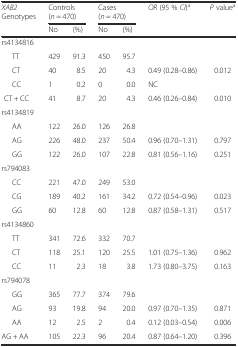
| <ROWSPAN=2> XAB2 Genotypes | <COLSPAN=2> Controls (n = 470) | <COLSPAN=2> Cases (n = 470) | <ROWSPAN=2> OR (95 % CI)a | <ROWSPAN=2> P valuea |
 | No | (%) | No | (%) |
 | --- | --- | --- | --- | --- | --- | --- |
 | rs4134816 |  |  |  |  |  |  |
 | TT | 429 | 91.3 | 450 | 95.7 |  |  |
 | CT | 40 | 8.5 | 20 | 4.3 | 0.49 (0.28–0.86) | 0.012 |
 | CC | 1 | 0.2 | 0 | 0.0 | NC |  |
 | CT + CC | 41 | 8.7 | 20 | 4.3 | 0.46 (0.26–0.84) | 0.010 |
 | rs4134819 |  |  |  |  |  |  |
 | AA | 122 | 26.0 | 126 | 26.8 |  |  |
 | AG | 226 | 48.0 | 237 | 50.4 | 0.96 (0.70–1.31) | 0.797 |
 | GG | 122 | 26.0 | 107 | 22.8 | 0.81 (0.56–1.16) | 0.251 |
 | rs794083 |  |  |  |  |  |  |
 | CC | 221 | 47.0 | 249 | 53.0 |  |  |
 | CG | 189 | 40.2 | 161 | 34.2 | 0.72 (0.54–0.96) | 0.023 |
 | GG | 60 | 12.8 | 60 | 12.8 | 0.87 (0.58–1.31) | 0.517 |
 | rs4134860 |  |  |  |  |  |  |
 | TT | 341 | 72.6 | 332 | 70.7 |  |  |
 | CT | 118 | 25.1 | 120 | 25.5 | 1.01 (0.75–1.36) | 0.962 |
 | CC | 11 | 2.3 | 18 | 3.8 | 1.73 (0.80–3.75) | 0.163 |
 | rs794078 |  |  |  |  |  |  |
 | GG | 365 | 77.7 | 374 | 79.6 |  |  |
 | AG | 93 | 19.8 | 94 | 20.0 | 0.97 (0.70–1.35) | 0.871 |
 | AA | 12 | 2.5 | 2 | 0.4 | 0.12 (0.03–0.54) | 0.006 |
 | AG + AA | 105 | 22.3 | 96 | 20.4 | 0.87 (0.64–1.20) | 0.396 |